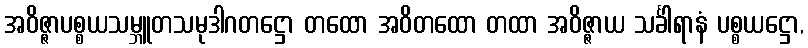
အဝိဇ္ဇာပစ္စယသမ္ဘူတသမုဒါဂတဋ္ဌော တထော အဝိတထော တထာ အဝိဇ္ဇာယ သင်္ခါရာနံ ပစ္စယဋ္ဌော,